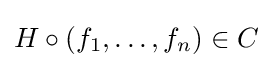
H\circ \left(f_{1},\dots ,f_{n}\right)\in C